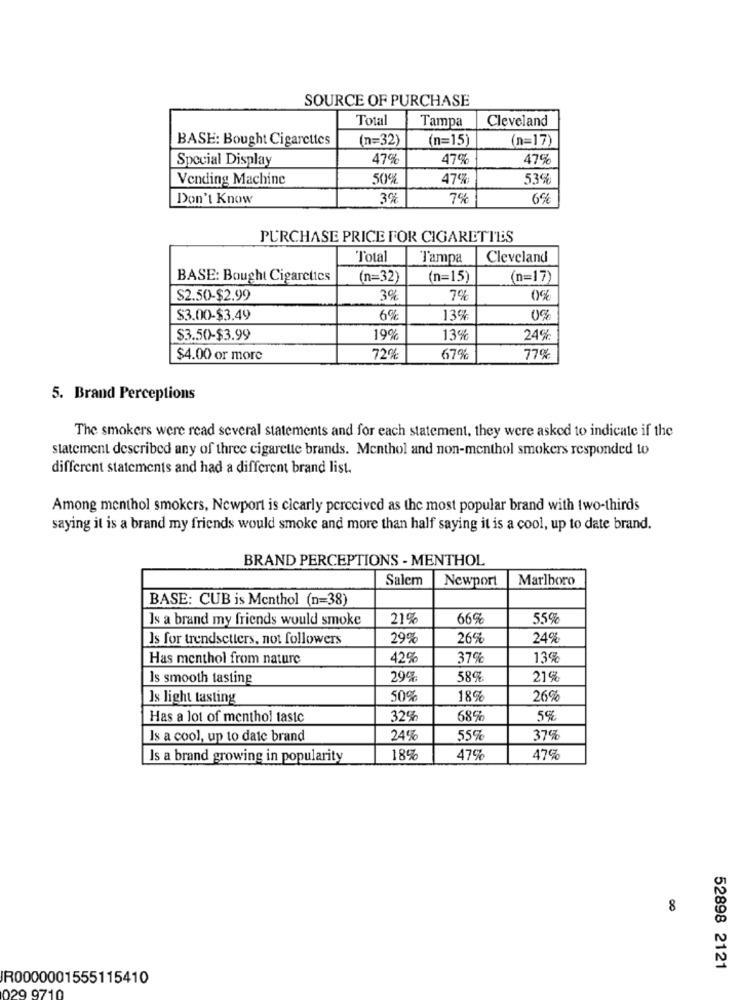
SOURCE OF PURCHASE
Total
Tampa
Cleveland
BASE: Bought Cigarettes
(n=32)
(n=15)
(n=17)
Special Display
47%
47%
47%
Vending Machine
50%
47%
53%
Don't Know
3%
78
6%
PURCHASE PRICE FOR CIGARETTES
Total
Tampa
Cleveland
BASE: Bought Cigarettes
(n=32;
(n=15)
(n=17)
$2.50-$2.99
3%
7%
$3.00-$3.49
6%
13%
$3.50-$3.99
19%
13%
24%
$4.00 or more
72%
67%
77%
5. Brand Perceptions
The smokers were read several statements and for each statement, they were asked to indicate if the
statement described any of three cigarette brands. Menthol and non-menthol smokers responded to
different statements and had a different brand list.
Among menthol smokers, Newport is clearly perceived as the most popular brand with two-thirds
saying it is a brand my friends would smoke and more than half saying it is a cool, up to date brand.
BRAND PERCEPTIONS - MENTHOL
Salem
Newport
Marlboro
BASE: CUB is Menthol (n=38)
Is a brand my friends would smoke
21%
66%
55%
Is for trendsetters, not followers
29%
26%
24%
Has menthol from nature
42%
37%
13%
Is smooth tasting
294
58%
219
Is light tasting
50%
18%
26%
Has a lot of menthol taste
32%
68%
5%
Is a cool, up to date brand
24%
55%
37%
Is a brand growing in popularity
18%
47%
47%
8
52898 2121
R0000001555115410
029 9710